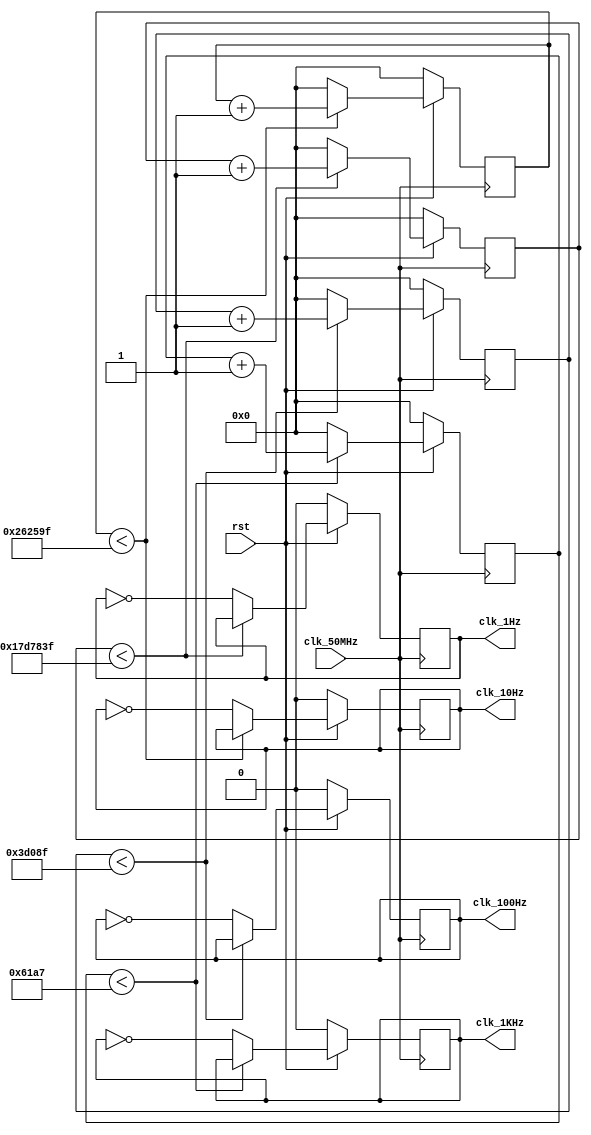
module frequency_divider(clk_50MHz,rst,clk_1KHz,clk_100Hz,clk_10Hz,clk_1Hz);
	input clk_50MHz,rst;
	output reg clk_1KHz,clk_100Hz,clk_10Hz,clk_1Hz;
	reg [31:0]cnt_1KHz,cnt_100Hz,cnt_10Hz,cnt_1Hz;
	parameter N=50000000;
	//parameter N=500;
	always @ (posedge clk_50MHz)
		begin
			if (!rst) 
				begin
				clk_1KHz<=1'b0;
				clk_100Hz<=1'b0;
				clk_10Hz<=1'b0;
				clk_1Hz<=1'b0;
				cnt_1KHz<=1'b0;
				cnt_100Hz<=1'b0;
				cnt_10Hz<=1'b0;
				cnt_1Hz<=1'b0;
				end
			else
			begin
				begin
					if (cnt_1KHz < N/1000/2-1) cnt_1KHz<=cnt_1KHz+1;
					else
						begin	
							cnt_1KHz<=1'b0;
							clk_1KHz<=~clk_1KHz;
						end
				end
						
				begin
					if (cnt_100Hz < N/100/2-1) cnt_100Hz<=cnt_100Hz+1'b1;
					else
						begin	
							cnt_100Hz<=1'b0;
							clk_100Hz<=~clk_100Hz;
						end
				end

				begin
					if (cnt_10Hz < N/10/2-1) cnt_10Hz<=cnt_10Hz+1'b1;
					else
						begin	
							cnt_10Hz<=1'b0;
							clk_10Hz<=~clk_10Hz;
						end
				end

				begin
					if (cnt_1Hz < N/2-1) cnt_1Hz<=cnt_1Hz+1'b1;
					else
						begin	
							cnt_1Hz<=1'b0;
							clk_1Hz<=~clk_1Hz;
						end
				end
			end
		end
endmodule